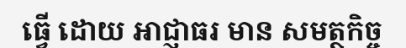
ធ្វើ ដោយ អាជ្ញាធរ មាន សមត្ថកិច្ច